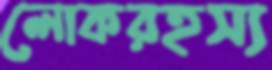
লোকরহস্য